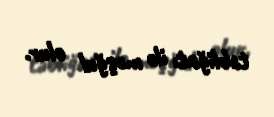
təbliğatı ilə məşğul olur.